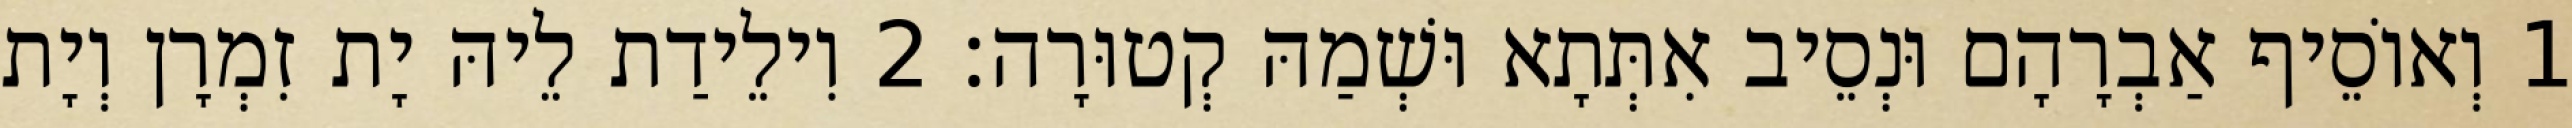
1 וְאוֹסֵיף אַבְרָהָם וּנְסֵיב אִתְּתָא וּשְׁמַהּ קְטוּרָה׃ 2 וִילֵידַת לֵיהּ יָת זִמְרָן וְיָת